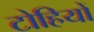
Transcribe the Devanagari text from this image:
टोहियों